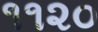
૧૧૨૦